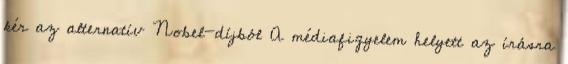
kér az alternatív Nobel-díjból A médiafigyelem helyett az írásra